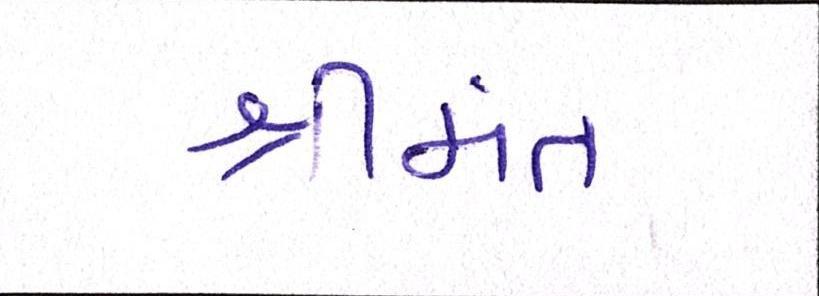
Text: શ્રીમંત